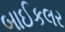
બાઈકલર